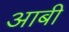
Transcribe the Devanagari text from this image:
आबी